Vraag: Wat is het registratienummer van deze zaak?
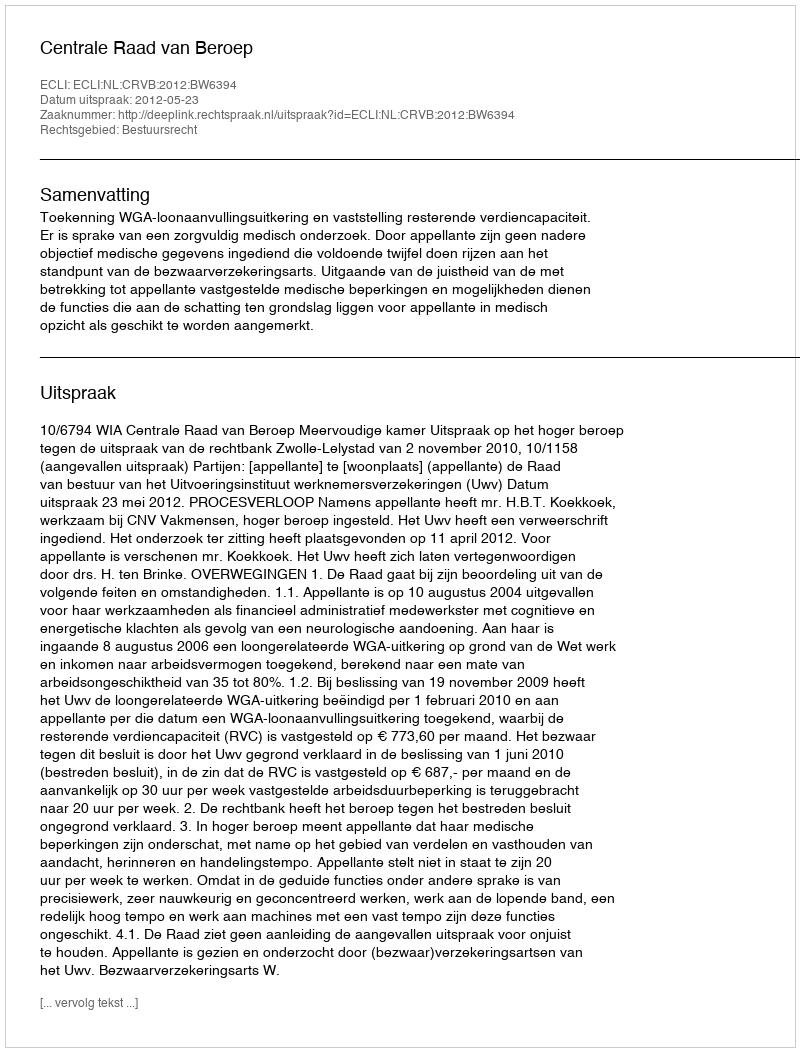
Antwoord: http://deeplink.rechtspraak.nl/uitspraak?id=ECLI:NL:CRVB:2012:BW6394